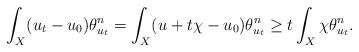
LaTeX: \begin{align*}\int_X (u_{t}-u_0) \theta_{u_t}^n = \int_X (u + t\chi-u_0) \theta_{u_t}^n \geq t \int_X \chi \theta_{u_t}^n. \end{align*}